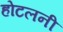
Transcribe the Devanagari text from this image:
होटलनी